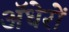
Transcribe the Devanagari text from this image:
ॲधेरों